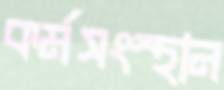
কর্মসংস্থান